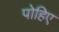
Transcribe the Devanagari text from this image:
पोहिए